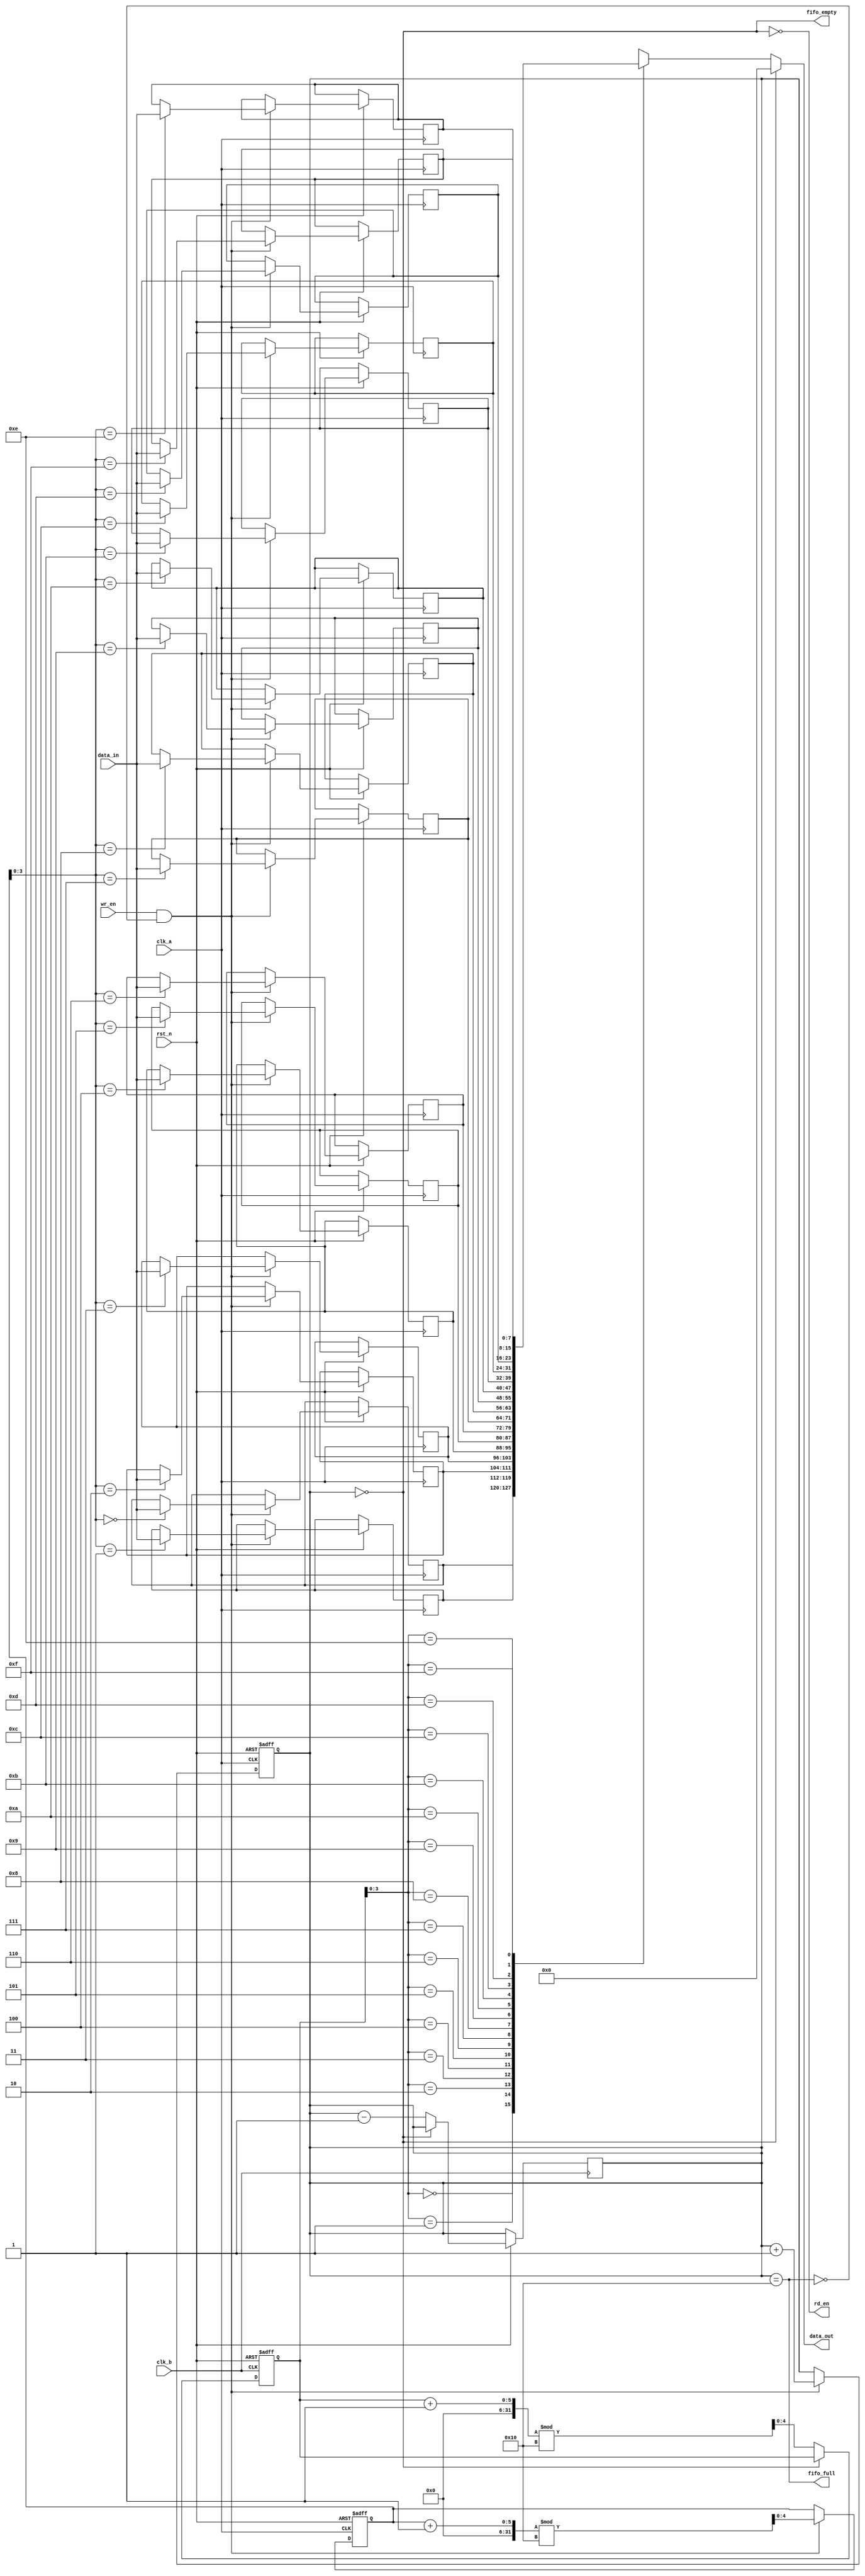
module fifo_synchronizer #(
    parameter DATA_WIDTH = 8,  // Width of the data
    parameter FIFO_DEPTH = 16   // Depth of the FIFO
)(
    input wire clk_a,           // Clock domain A
    input wire clk_b,           // Clock domain B
    input wire rst_n,           // Active low reset
    input wire wr_en,           // Write enable signal
    input wire [DATA_WIDTH-1:0] data_in, // Data input
    output wire rd_en,          // Read enable signal
    output wire [DATA_WIDTH-1:0] data_out, // Data output
    output wire fifo_full,      // FIFO full flag
    output wire fifo_empty       // FIFO empty flag
);

    // FIFO memory
    reg [DATA_WIDTH-1:0] fifo_mem [0:FIFO_DEPTH-1];
    reg [4:0] wr_ptr;          // Write pointer
    reg [4:0] rd_ptr;          // Read pointer
    reg [4:0] count;           // Number of items in FIFO

    // Write logic (Clock A)
    always @(posedge clk_a or negedge rst_n) begin
        if (!rst_n) begin
            wr_ptr <= 0;
            count <= 0;
        end else begin
            if (wr_en && !fifo_full) begin
                fifo_mem[wr_ptr] <= data_in;
                wr_ptr <= (wr_ptr + 1) % FIFO_DEPTH;
                count <= count + 1;
            end
        end
    end

    // Read logic (Clock B)
    always @(posedge clk_b or negedge rst_n) begin
        if (!rst_n) begin
            rd_ptr <= 0;
        end else begin
            if (rd_en && !fifo_empty) begin
                rd_ptr <= (rd_ptr + 1) % FIFO_DEPTH;
                count <= count - 1;
            end
        end
    end

    // FIFO status flags
    assign fifo_full = (count == FIFO_DEPTH);
    assign fifo_empty = (count == 0);
    assign data_out = fifo_empty ? {DATA_WIDTH{1'b0}} : fifo_mem[rd_ptr];

    // Synchronization of read pointer
    reg [4:0] rd_ptr_sync1, rd_ptr_sync2;

    always @(posedge clk_b or negedge rst_n) begin
        if (!rst_n) begin
            rd_ptr_sync1 <= 0;
            rd_ptr_sync2 <= 0;
        end else begin
            rd_ptr_sync1 <= rd_ptr;
            rd_ptr_sync2 <= rd_ptr_sync1;
        end
    end

    // Control logic for read enable
    assign rd_en = !fifo_empty;

endmodule